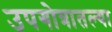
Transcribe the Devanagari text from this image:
उपगोत्रातल्या